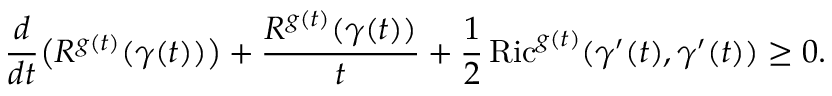
{ \frac { d } { d t } } { \big ( } R ^ { g ( t ) } ( \gamma ( t ) ) { \big ) } + { \frac { R ^ { g ( t ) } ( \gamma ( t ) ) } { t } } + { \frac { 1 } { 2 } } \operatorname { R i c } ^ { g ( t ) } ( \gamma ^ { \prime } ( t ) , \gamma ^ { \prime } ( t ) ) \geq 0 .